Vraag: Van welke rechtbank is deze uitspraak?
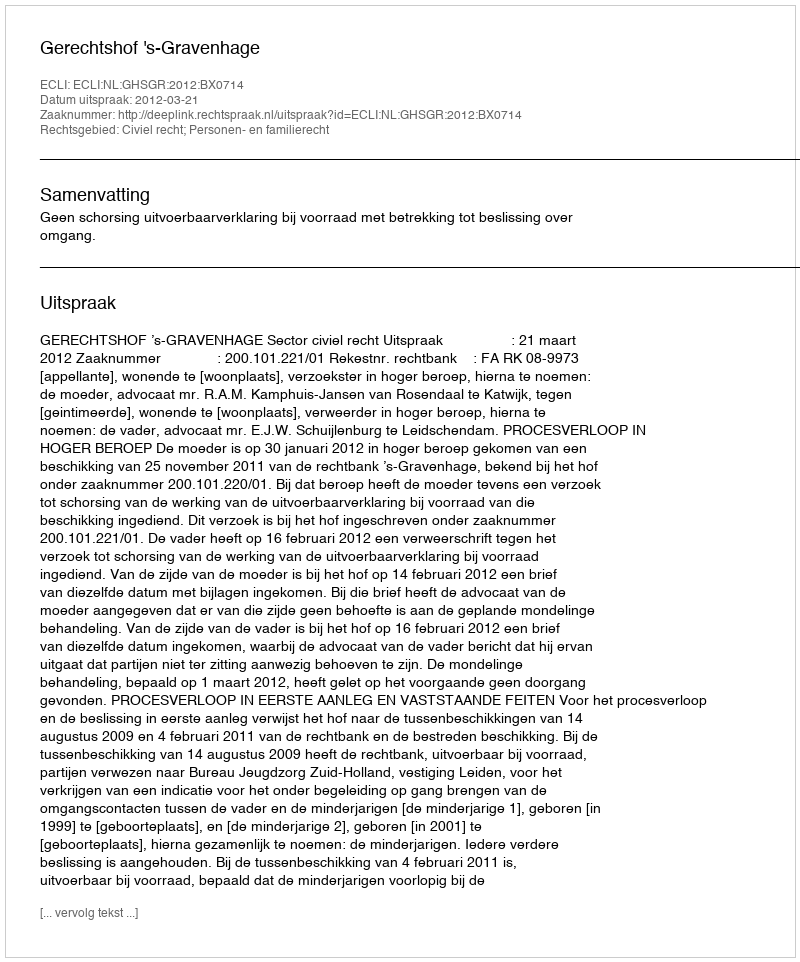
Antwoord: Gerechtshof 's-Gravenhage